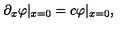
\partial _ { x } \varphi | _ { x = 0 } = c \varphi | _ { x = 0 } ,